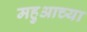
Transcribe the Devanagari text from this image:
महुआच्या